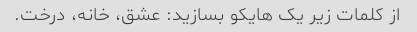
از کلمات زیر یک هایکو بسازید: عشق، خانه، درخت.